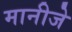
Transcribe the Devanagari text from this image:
मानीजे